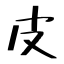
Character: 皮